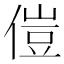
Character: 𫣅